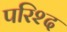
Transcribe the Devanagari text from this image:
परिश्द